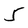
Character: 5